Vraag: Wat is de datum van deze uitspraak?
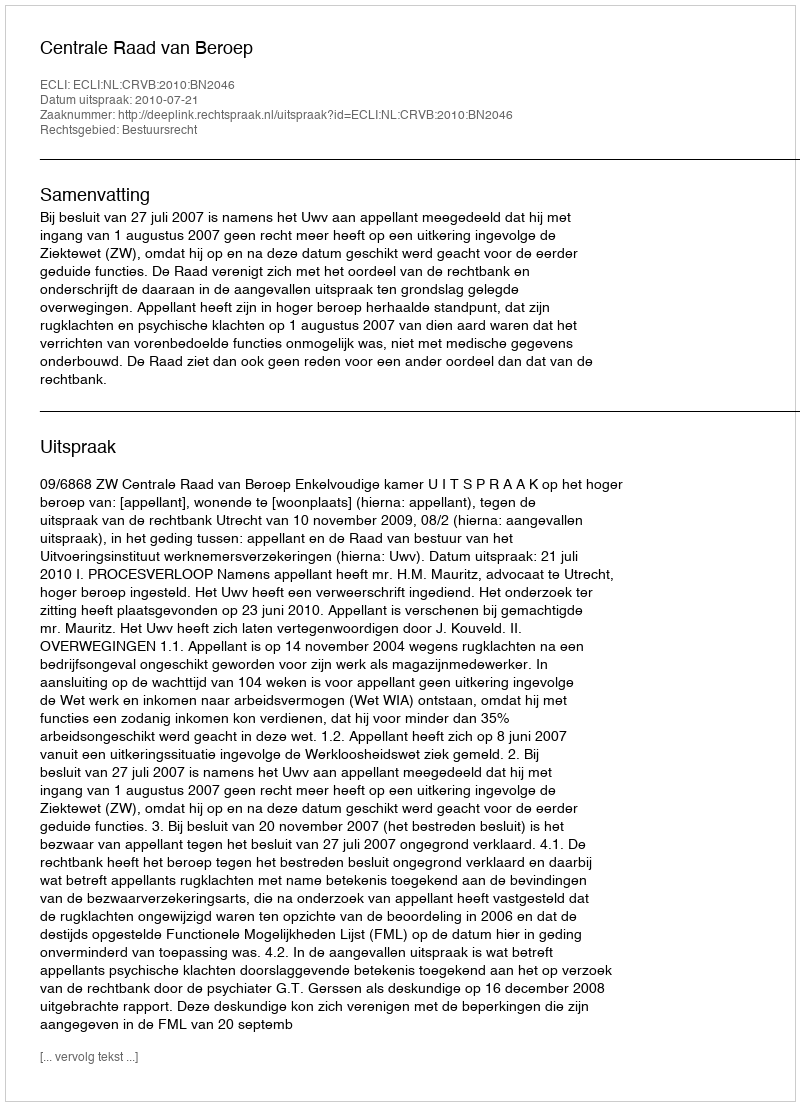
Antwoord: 2010-07-21